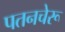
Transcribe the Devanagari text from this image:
पतनचेरू